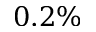
0 . 2 \%